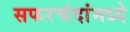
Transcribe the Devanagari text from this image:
सफरचंदांमध्ये